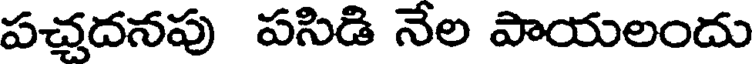
పచ్చదనపు పసిడి నేల పాయలందు